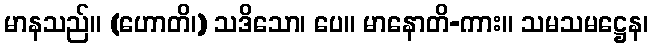
မာနသည်။ (ဟောတိ၊) သဒိသော၊ ပေ။ မာနောတိ-ကား။ သမသမဋ္ဌေန၊